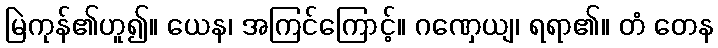
မြဲကုန်၏ဟူ၍။ ယေန၊ အကြင်ကြောင့်။ ဂဏှေယျ၊ ရရာ၏။ တံ တေန